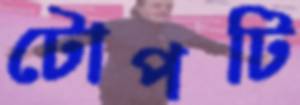
টোপটি